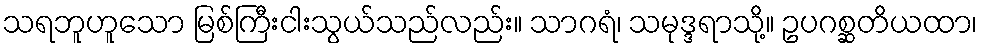
သရဘူဟူသော မြစ်ကြီးငါးသွယ်သည်လည်း။ သာဂရံ၊ သမုဒ္ဒရာသို့။ ဥပဂစ္ဆတိယထာ၊